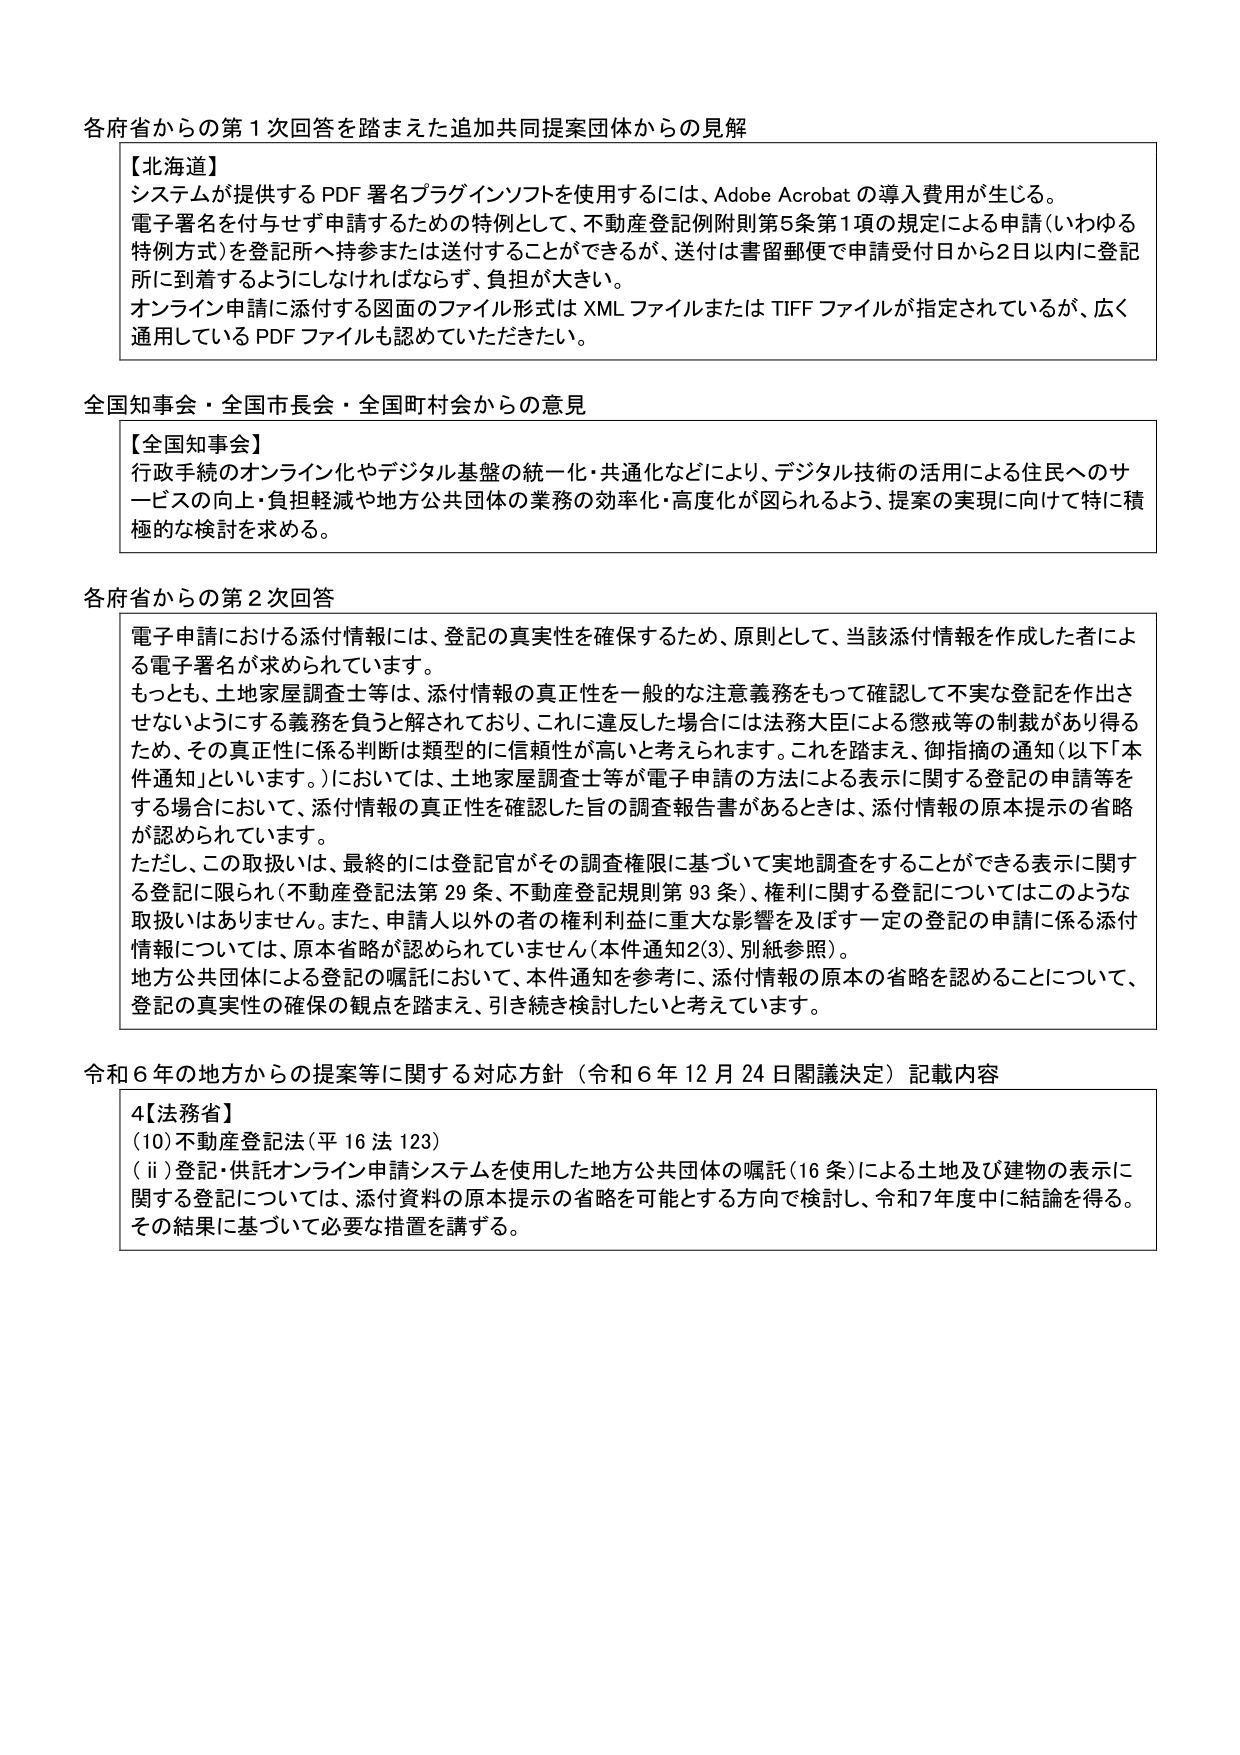
各府省からの第1次回答を踏まえた追加共同提案団体からの見解

【北海道】
システムが提供するPDF署名プラグインソフトを使用するには、Adobe Acrobatの導入費用が生じる。
電子署名を付与せず申請するための特例として、不動産登記例附則第5条第1項の規定による申請（いわゆる特例方式）を登記所へ持参または送付することができるが、送付は書留郵便で申請受付日から2日以内に登記所に到着するようにしなければならず、負担が大きい。
オンライン申請に添付する図面のファイル形式はXMLファイルまたはTIFFファイルが指定されているが、広く通用しているPDFファイルも認めていただきたい。

全国知事会・全国市長会・全国町村会からの意見

【全国知事会】
行政手続のオンライン化やデジタル基盤の統一・共通化などにより、デジタル技術の活用による住民へのサービスの向上・負担軽減や地方公共団体の業務の効率化・高度化が図られるよう、提案の実現に向けて特に積極的な検討を求める。

各府省からの第2次回答

電子申請における添付情報には、登記の真実性を確保するため、原則として、当該添付情報を作成した者による電子署名が求められています。
もっとも、土地家屋調査士等は、添付情報の真正性を一般的な注意義務をもって確認して不実な登記を作出させないようにする義務を負うと解されており、これに違反した場合には法務大臣による懲戒等の制裁があり得るため、その真正性に係る判断は類型的に信頼性が高いと考えられます。これを踏まえ、御指摘の通知（以下「本件通知」といいます。）においては、土地家屋調査士等が電子申請の方法による表示に関する登記の申請等をする場合において、添付情報の真正性を確認した旨の調査報告書があるときは、添付情報の原本提示の省略が認められています。
ただし、この取扱いは、最終的には登記官がその調査権限に基づいて実地調査をすることができる表示に関する登記に限られ（不動産登記法第29条、不動産登記規則第93条）、権利に関する登記についてはこのような取扱いはありません。また、申請人以外の者の権利利益に重大な影響を及ぼす一定の登記の申請に係る添付情報については、原本省略が認められていません（本件通知2(3)、別紙参照）。
地方公共団体による登記の嘱託において、本件通知を参考に、添付情報の原本の省略を認めることについて、登記の真実性の確保の観点を踏まえ、引き続き検討したいと考えています。

令和6年の地方からの提案等に関する対応方針（令和6年12月24日閣議決定）記載内容

4【法務省】
(10) 不動産登記法（平16法123）
(ⅱ) 登記・供託オンライン申請システムを使用した地方公共団体の嘱託（16条）による土地及び建物の表示に関する登記については、添付資料の原本提示の省略を可能とする方向で検討し、令和7年度中に結論を得る。その結果に基づいて必要な措置を講ずる。